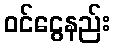
ဝင်ငွေနည်း